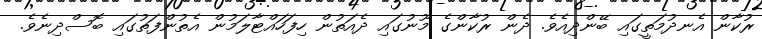
ރުކާން އެނދުމަތީގައި ބޭންދިއެވެ. ދެން ރުކާންގެ މޫނުގައި ދެއަތުން ހިފަހައްޓާލަމުން އެތުންފަތުގައި ބޮސްދިނެވެ.